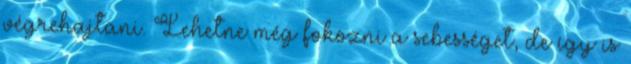
végrehajtani. Lehetne még fokozni a sebességet, de így is